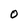
Character: 0